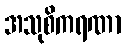
အသုစိကရဏာ